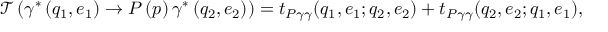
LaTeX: \mathcal { T } \left( \gamma ^ { \ast } \left( q _ { 1 } , e _ { 1 } \right) \rightarrow P \left( p \right) \gamma ^ { \ast } \left( q _ { 2 } , e _ { 2 } \right) \right) = t _ { P \gamma \gamma } ( q _ { 1 } , e _ { 1 } ; q _ { 2 } , e _ { 2 } ) + t _ { P \gamma \gamma } ( q _ { 2 } , e _ { 2 } ; q _ { 1 } , e _ { 1 } ) ,